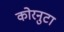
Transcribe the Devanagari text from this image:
कोरनुटा